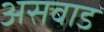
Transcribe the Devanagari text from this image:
असवाड